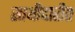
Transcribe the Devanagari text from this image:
साथीदारीत